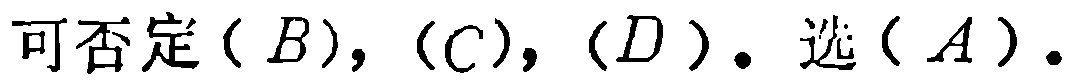
可否定$(B), (C), (D). 选(A).$